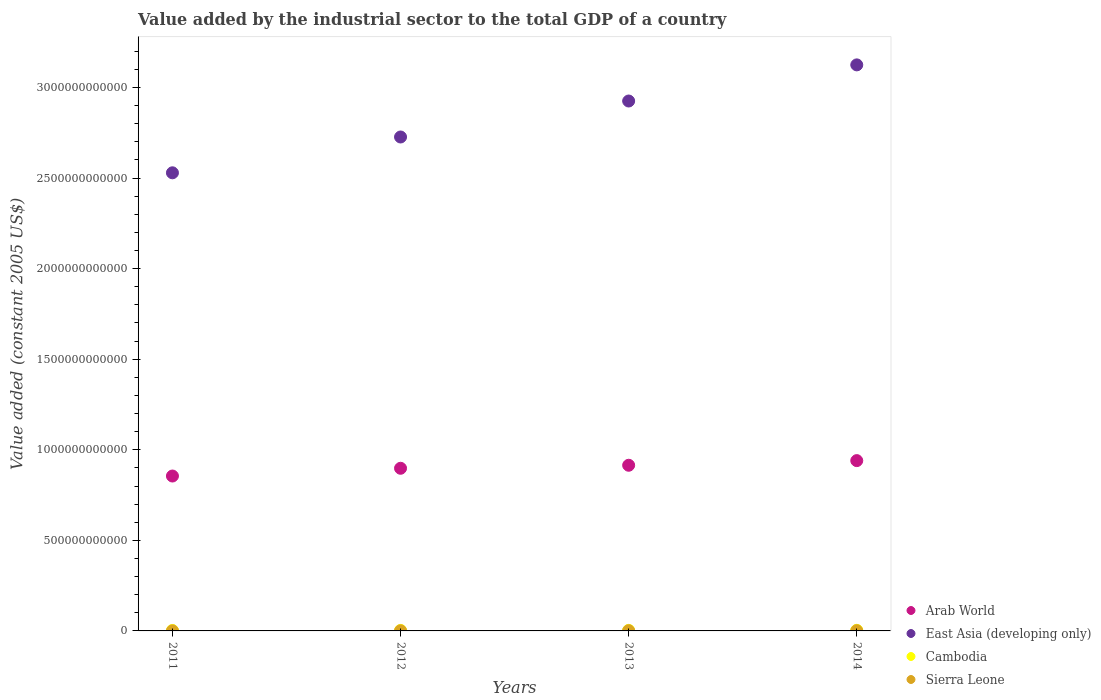
| Years | Arab World | East Asia (developing only) | Cambodia | Sierra Leone |
 | --- | --- | --- | --- | --- |
 | 2011 | 8.55e+11 | 2.53e+12 | 2.47e+09 | 2.09e+08 |
 | 2012 | 8.98e+11 | 2.73e+12 | 2.7e+09 | 4.75e+08 |
 | 2013 | 9.15e+11 | 2.93e+12 | 3e+09 | 9.39e+08 |
 | 2014 | 9.4e+11 | 3.12e+12 | 3.29e+09 | 1.07e+09 |